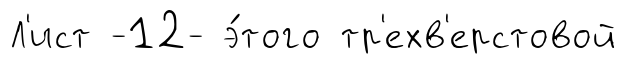
Л'ист -12- э́того тр'ехв'ерстовой